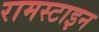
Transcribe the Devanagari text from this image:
रामस्टाइन